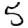
Digit: 5